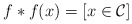
\begin{align*}f*f(x) = [x\in \mathcal{C}]\end{align*}